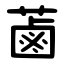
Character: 蓾